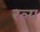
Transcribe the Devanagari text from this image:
रल्प